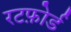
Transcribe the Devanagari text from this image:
रटफ़ोर्ड